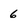
Character: 6